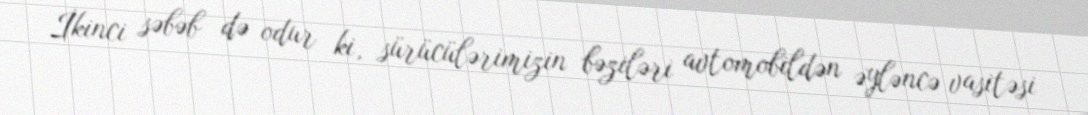
İkinci səbəb də odur ki, sürücülərimizin bəziləri avtomobildən əyləncə vasitəsi